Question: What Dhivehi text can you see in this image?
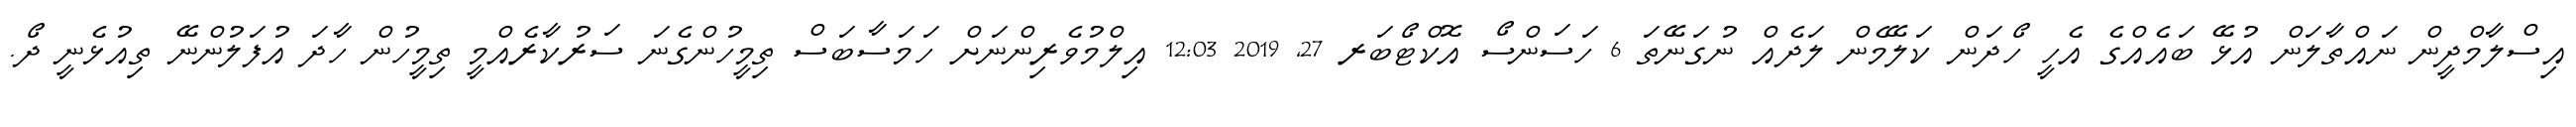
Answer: އިސްލާމްދީން ނައްތާލަން އުޅޭ ބައެއްގެ އެހީ ހޯދަން ކަލޭމެން ލަދެއް ނުގަނޭތަ 6 ހަސަންސޯ އޮކްޓޯބަރ 27, 2019 12:03 އިލްމުވެރިންނަށް ހަމަސާބަސް ތިމީހުންގެނަ ސަރުކާރެއްމީ ތިމީހުން ހާދަ އުފަލުންނޭ ތިއުޅެނީ ދޯ.